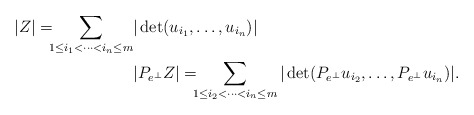
\begin{align*}|Z|=\!\!\!\sum_{1\le i_1<\cdots<i_n \le m}&|\det(u_{i_1},\dots,u_{i_n})|\\&|P_{e^\bot}Z|=\!\!\!\sum_{1\le i_2<\cdots<i_n\le m}|\det(P_{e^\bot}u_{i_2},\dots,P_{e^\bot}u_{i_n})|.\end{align*}